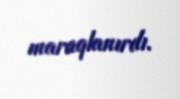
maraqlanırdı.